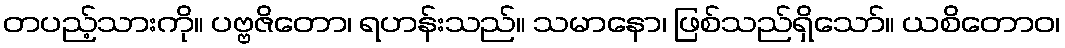
တပည့်သားကို။ ပဗ္ဗဇိတော၊ ရဟန်းသည်။ သမာနော၊ ဖြစ်သည်ရှိသော်။ ယစိတောဝ၊